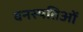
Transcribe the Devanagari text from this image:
वनस्पतिओं